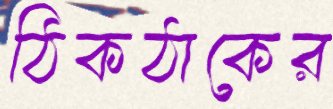
ঠিকঠাকের